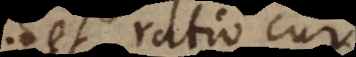
et ratio cur